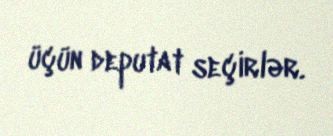
üçün deputat seçirlər.